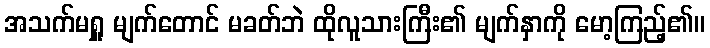
အသက်မရှူ မျက်တောင် မခတ်ဘဲ ထိုလူသားကြီး၏ မျက်နှာကို မော့ကြည့်၏။